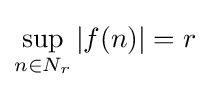
\displaystyle \sup _{n\in N_{r}}|f(n)|=r